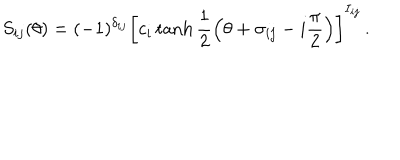
S _ { i j } ( \theta ) = ( - 1 ) ^ { \delta _ { i j } } \left[ c _ { i } \tanh \frac { 1 } { 2 } \left( \theta + \sigma _ { i j } - i \frac { \pi } { 2 } \right) \right] ^ { I _ { i j } } \, .